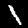
Label: 1